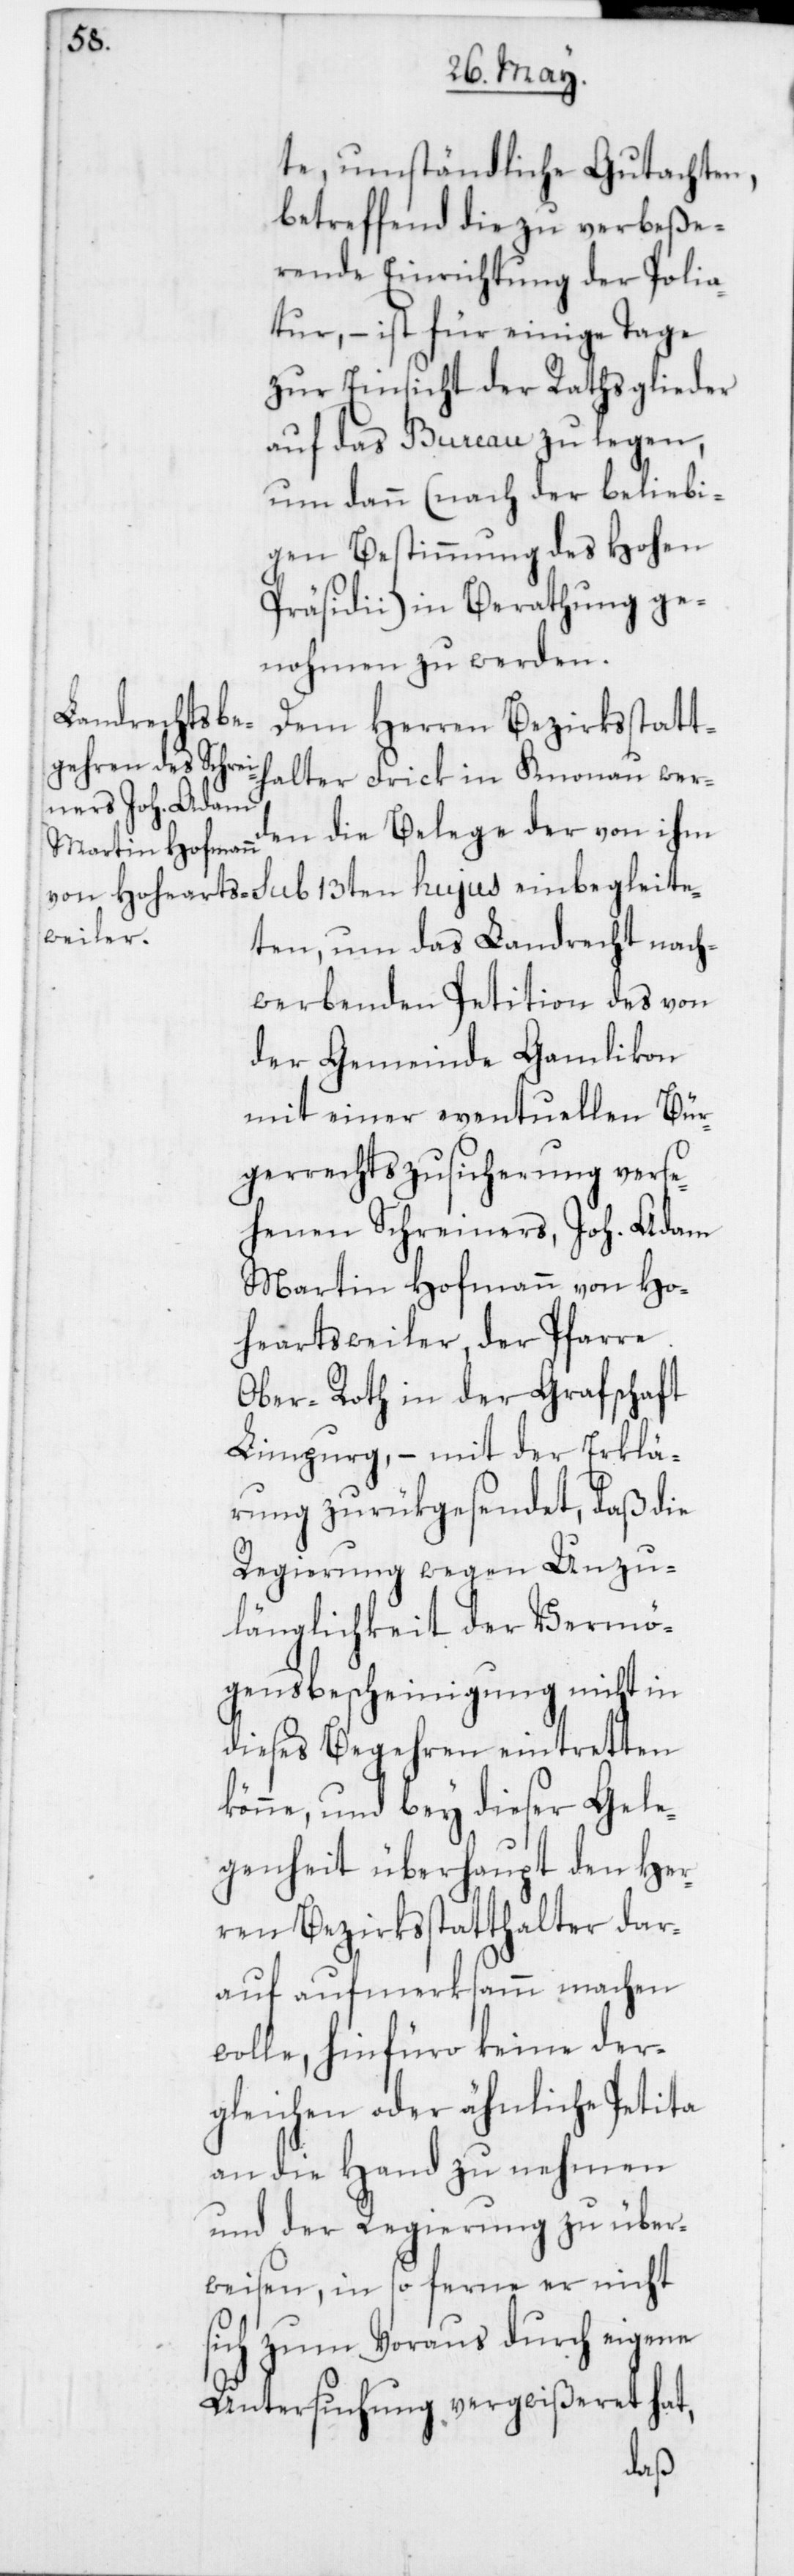
te umständliche Gutachten,
betreffend die zu verbeße¬
rende Einrichtung der Polia¬
tur, – ist für einige Tage
zur Einsicht der Rathsglieder
auf das Bureau zu legen,
um dann (nach der beliebi¬
gen Bestimmung des Hohen
Präsidii) in Berathung ge¬
nohmen zu werden.
Dem Herren Bezirksstatt¬
halter Frick in Knonau werd¬
en die Belege der von ihm
leite¬
ten, um das Landrecht nach¬
werbenden Petition des von
der Gemeinde Gamlikon
mit einer eventuellen Bür¬
gerrechtszusicherung verse¬
henen Schreiners, Joh. Adam
Martin Hofmann von Ho¬
heartsweiler der Pfarre
Ober-Roth in der Grafschaft
Limpurg, – mit der Erklä¬
rung zurükgesendet, daß die
Regierung wegen Unzu¬
länglichkeit der Vermö¬
gensbescheinigung nicht in
dieses Begehren eintretten
könne, und bey dieser Gele¬
genheit überhaupt den Her¬
ren Bezirksstatthalter dar¬
auf aufmerksamm machen
wolle, hinfüro keine der¬
gleichen oder ähnliche Petita
an die Hand zu nehmen
und der Regierung zu über¬
weisen, in so ferne er nicht
sich zum Voraus durch eigene
Untersuchung vergewißeret hat,